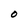
Character: O